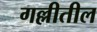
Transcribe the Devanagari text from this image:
गल्लीतील